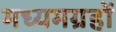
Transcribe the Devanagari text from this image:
मध्यमग्रहों